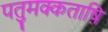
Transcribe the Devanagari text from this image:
पतुमक्कताष़ि